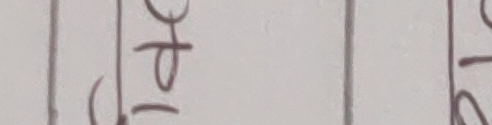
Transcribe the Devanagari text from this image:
प्